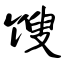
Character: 馊